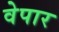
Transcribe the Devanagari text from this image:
वेपार